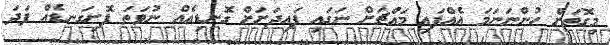
މިގޮތަށް ހުންނަނަމަ އެއްފައި މައްޗަށް ނަގައި ފައިދަށަށް ގޮނޑިއެއް ނުވަތަ ފޮށިގަނޑެއް ފަދަ